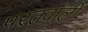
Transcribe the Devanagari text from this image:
परतवाली